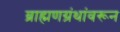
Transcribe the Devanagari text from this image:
ब्राह्मणग्रंथांवरून